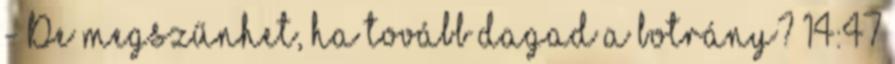
- De megszűnhet, ha tovább dagad a botrány? 14:47